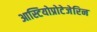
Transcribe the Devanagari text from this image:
आस्टियोप्रोटेजेरिन